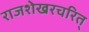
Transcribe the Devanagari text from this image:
राजशेखरचरित्